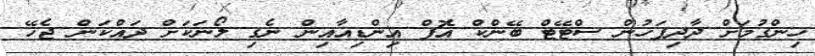
ހިންގުމަށް ދާދިފަހުން ސްޓޭޓް ބޭންކް އޮފް އިންޑިއާއިން ނެގި ލޯނަކަށް ދައްކަން ޖެހޭ